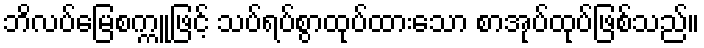
ဘိလပ်မြေစက္ကူဖြင့် သပ်ရပ်စွာထုပ်ထားသော စာအုပ်ထုပ်ဖြစ်သည်။